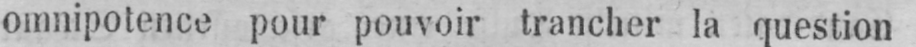
omnipotence pour pouvoir trancher la question